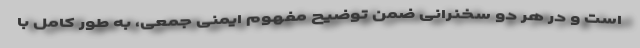
است و در هر دو سخنرانی ضمن توضیح مفهوم ایمنی جمعی، به طور کامل با